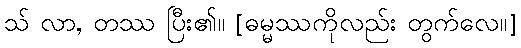
သ် လာ, တဿ ပြီး၏။ [ဓမ္မဿကိုလည်း တွက်လေ။]